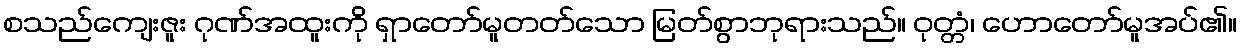
စသည်ကျေးဇူး ဂုဏ်အထူးကို ရှာတော်မူတတ်သော မြတ်စွာဘုရားသည်။ ဝုတ္တံ၊ ဟောတော်မူအပ်၏။